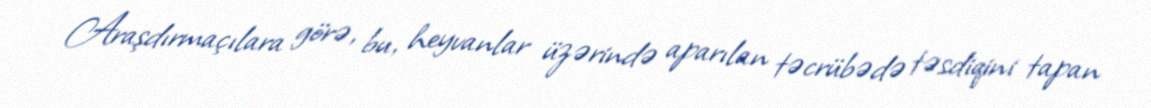
Araşdırmaçılara görə, bu, heyvanlar üzərində aparılan təcrübədə təsdiqini tapan